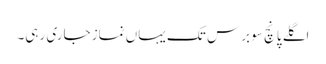
اگلے پانچ سو برس تک یہاں نماز جاری رہی۔